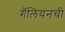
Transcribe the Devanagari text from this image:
गॅलियनची